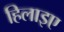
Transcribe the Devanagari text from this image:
हिलाइए